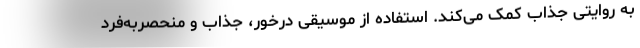
به روایتی جذاب کمک می‌کند. استفاده از موسیقی درخور، جذاب و منحصربه‌فرد